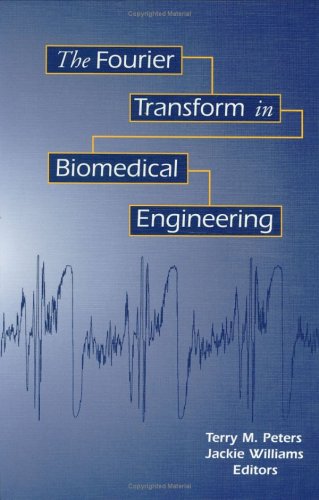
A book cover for The Fourier Transform in Biomedical Engineering (Applied and Numerical Harmonic Analysis); Terry M. Peters; Medical Books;